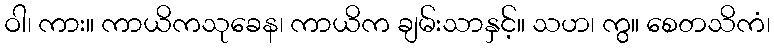
ဝါ၊ ကား။ ကာယိကသုခေန၊ ကာယိက ချမ်းသာနှင့်။ သဟ၊ ကွ။ စေတသိကံ၊